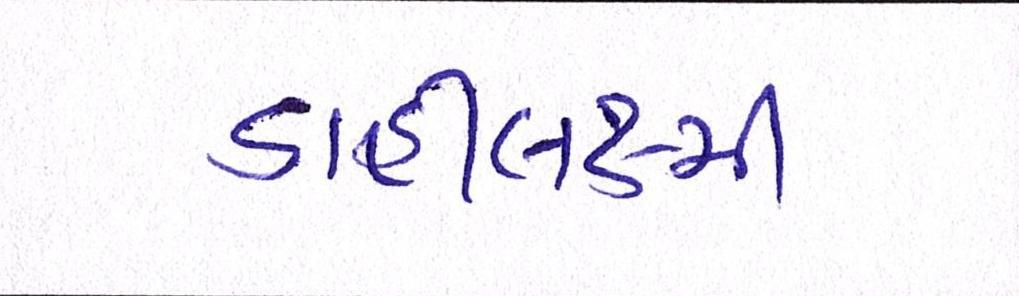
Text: ડાહીલક્ષ્મી